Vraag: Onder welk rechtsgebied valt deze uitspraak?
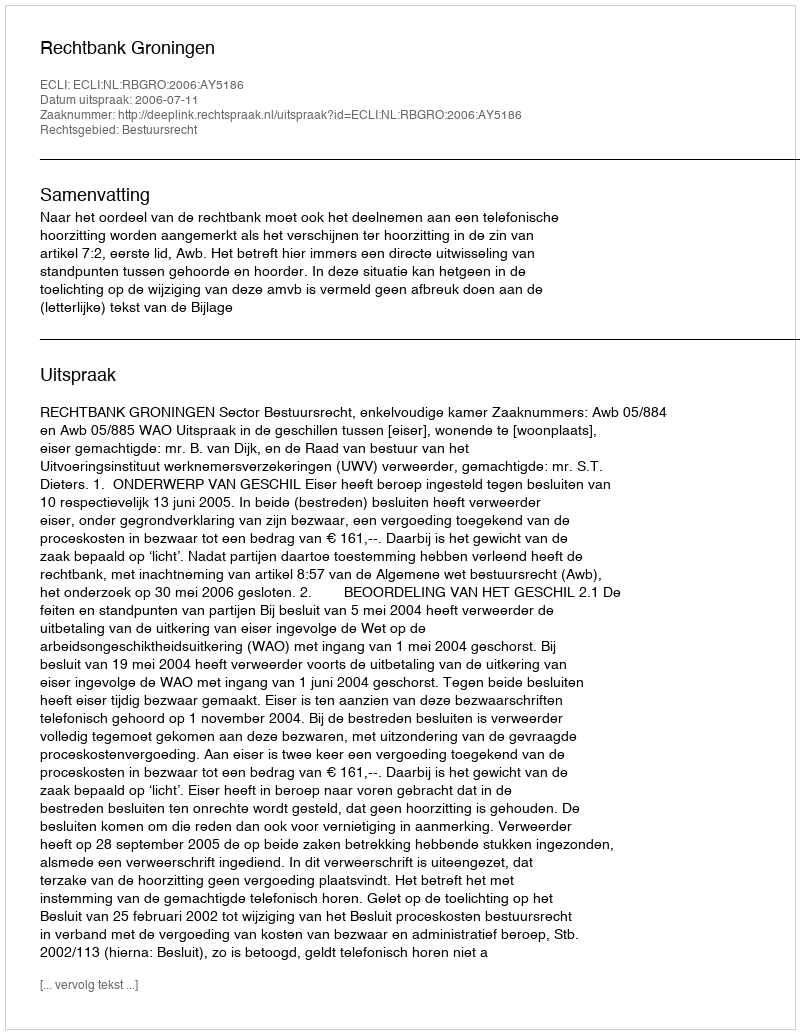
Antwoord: Bestuursrecht